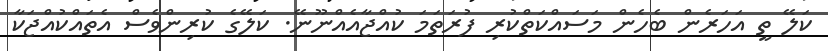
ކަލޭ ތީ އަހަރެން ބެހެން މަސައްކަތްކުރި ފުރަތަމަ ކުއްޖާއެއްނޫނޭ. ކަލޭގެ ކުރިންވެސް އެތައްކުއްޖަކާ